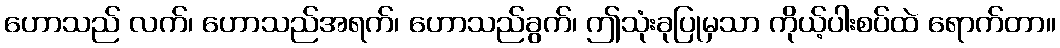
ဟောသည် လက်၊ ဟောသည်အရက်၊ ဟောသည်ခွက်၊ ဤသုံးခုပြုမှသာ ကိုယ့်ပါးစပ်ထဲ ရောက်တာ။